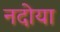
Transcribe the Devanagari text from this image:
नदोया